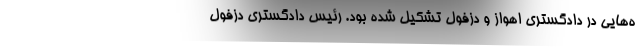
ه‌هایی در دادگستری اهواز و دزفول تشکیل شده بود. رئیس دادگستری دزفول